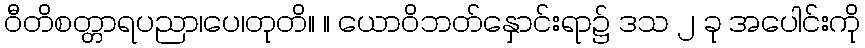
ဝီတိစတ္တာရပညာ၊ပေ၊တုတိ။ ။ ယောဝိဘတ်နှောင်းရာ၌ ဒသ ၂ ခု အပေါင်းကို